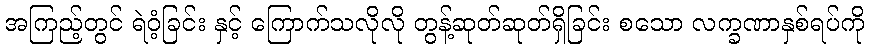
အကြည့်တွင် ရဲဝံ့ခြင်း နှင့် ကြောက်သလိုလို တွန့်ဆုတ်ဆုတ်ရှိခြင်း စသော လက္ခဏာနှစ်ရပ်ကို